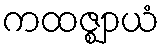
ကထဇ္ဈာယံ